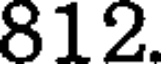
812.